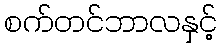
စက်တင်ဘာလနှင့်